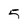
Character: 5